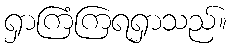
ရှာကြံကြရရှာသည်။